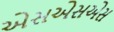
એસએસએસ